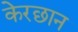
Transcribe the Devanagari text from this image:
केरछान